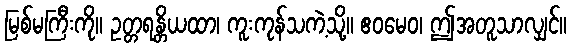
မြစ်မကြီးကို။ ဥတ္တရန္တိယထာ၊ ကူးကုန်သကဲ့သို့။ ဧဝမေဝ၊ ဤအတူသာလျှင်။